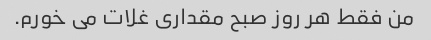
من فقط هر روز صبح مقداری غلات می خورم.